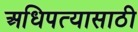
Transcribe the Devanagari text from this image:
अधिपत्यासाठी